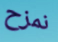
نمزح